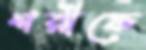
শরীফে